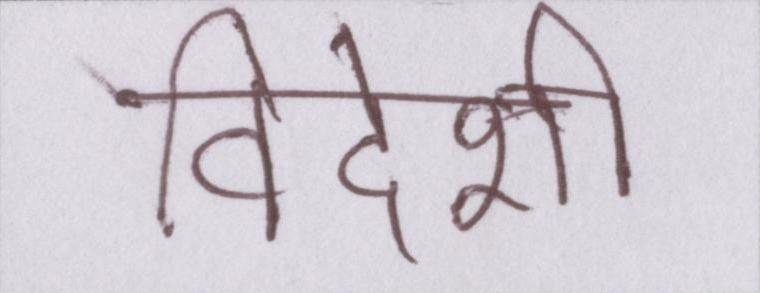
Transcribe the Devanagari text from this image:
विदेशी